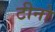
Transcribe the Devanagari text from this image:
टीनो